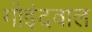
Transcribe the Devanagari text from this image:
गोइंदवाल